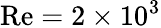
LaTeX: \mathrm{{Re}}=2\times 10^{3}